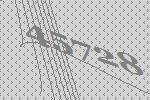
45728